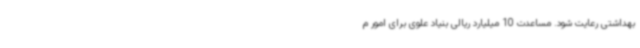
بهداشتی رعایت شود. مساعدت 10 میلیارد ریالی بنیاد علوی برای امور م